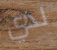
لدي